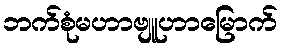
ဘက်စုံမဟာဗျူဟာမြောက်